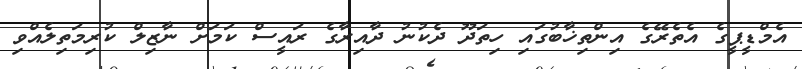
އެމްޑީޕީގެ އެތެރޭގެ އިންތިޚާބުގައި ހިތަދޫ ދެކުނު ދާއިރާގެ ރައީސް ކަމަށް ނާޒިލް ކުރިމަތިލެއްވި